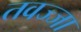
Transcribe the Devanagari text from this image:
तवज्जा